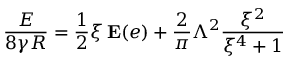
\frac { E } { 8 \gamma R } = \frac { 1 } { 2 } \xi \, \mathbf { E } ( e ) + \frac { 2 } { \pi } \Lambda ^ { 2 } \frac { \xi ^ { 2 } } { \xi ^ { 4 } + 1 }